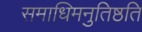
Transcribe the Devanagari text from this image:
समाधिमनुतिष्ठति